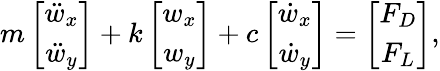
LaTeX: m\left[\begin{array}{c}{\ddot{w}_{x}}\\ {\ddot{w}_{y}}\end{array}\right]+k\left[\begin{array}{c}{w_{x}}\\ {w_{y}}\end{array}\right]+c\left[\begin{array}{c}{\dot{w}_{x}}\\ {\dot{w}_{y}}\end{array}\right]=\left[\begin{array}{c}{F_{D}}\\ {F_{L}}\end{array}\right],